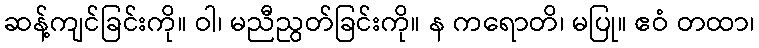
ဆန့်ကျင်ခြင်းကို။ ဝါ၊ မညီညွတ်ခြင်းကို။ န ကရောတိ၊ မပြု။ ဧဝံ တထာ၊